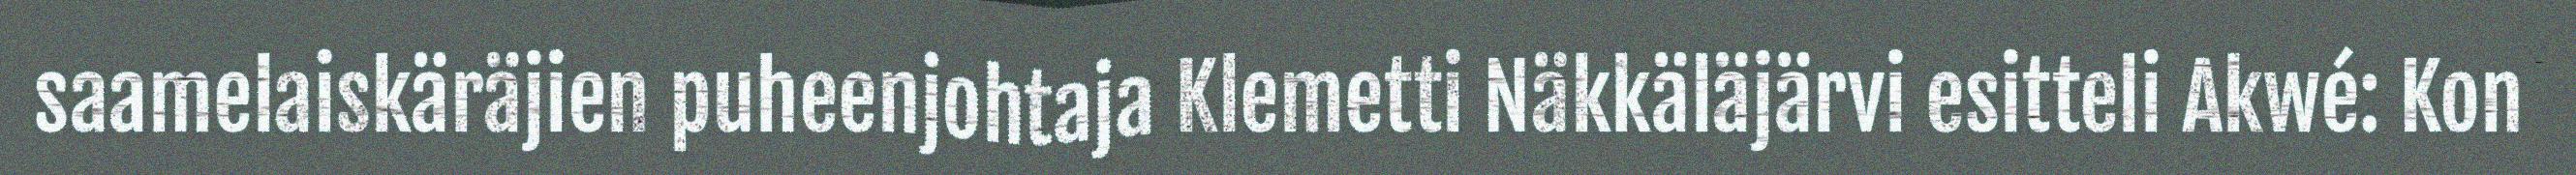
saamelaiskäräjien puheenjohtaja Klemetti Näkkäläjärvi esitteli Akwé: Kon